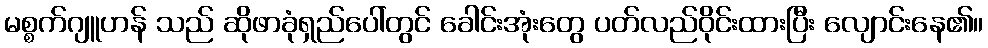
မစ္စက်ဂျူဟန် သည် ဆိုဖာခုံရှည်ပေါ်တွင် ခေါင်းအုံးတွေ ပတ်လည်ဝိုင်းထားပြီး လျောင်းနေ၏။